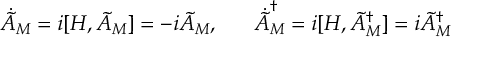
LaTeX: \dot { \tilde { A } } _ { M } = i [ H , \tilde { A } _ { M } ] = - i \tilde { A } _ { M } , \; \; \; \; \; \; \dot { \tilde { A } } _ { M } ^ { \dagger } = i [ H , \tilde { A } _ { M } ^ { \dagger } ] = i \tilde { A } _ { M } ^ { \dagger }